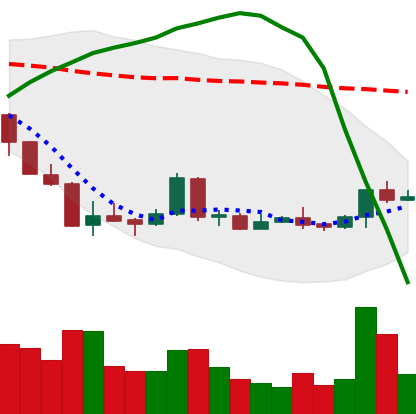
Ticker: LTC-USD
Chart end date: 2018-04-14
Forward return: 15.841%
Label: up_7plus